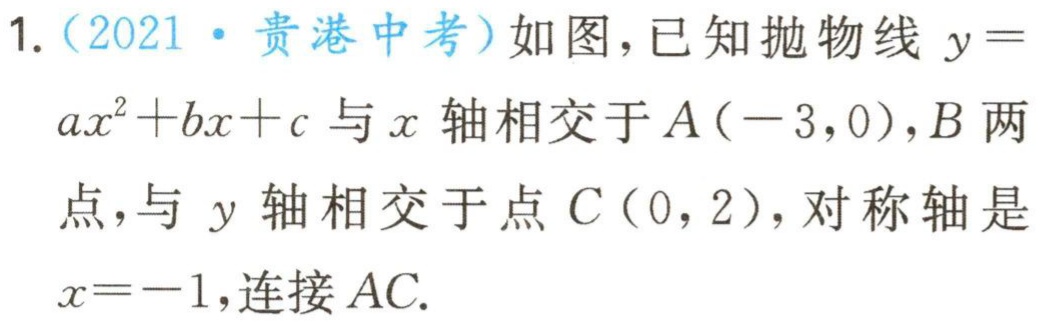
1.（2021·贵港中考）如图，已知抛物线\(y = ax^{2}+bx + c\)与\(x\)轴相交于\(A(-3,0)\)，\(B\)两点，与\(y\)轴相交于点\(C(0,2)\)，对称轴是\(x = -1\)，连接\(AC\).